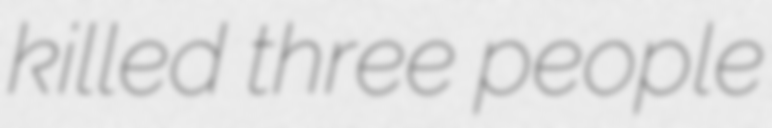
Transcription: killed three people